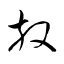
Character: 放